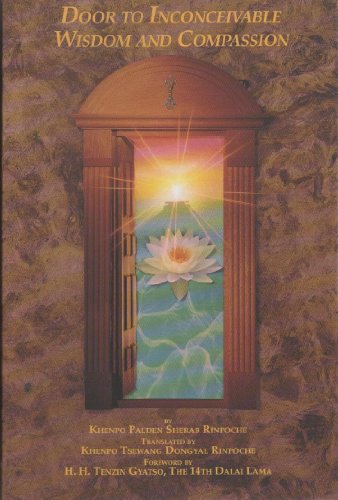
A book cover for Door to inconceivable wisdom and compassion; Ven. Khenpo  Palden Sherab Rinpoche; Religion & Spirituality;